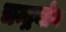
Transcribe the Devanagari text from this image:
चन्द्रयोग